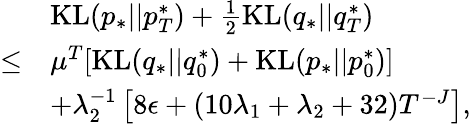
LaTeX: \begin{array}{rl}&{\mathrm{KL}(p_{*}||p_{T}^{*})+\frac{1}{2}\mathrm{KL}(q_{*}||q_{T}^{*})}\\ {\leq}&{\mu^{T}[\mathrm{KL}(q_{*}||q_{0}^{*})+\mathrm{KL}(p_{*}||p_{0}^{*})]}\\ &{+\lambda_{2}^{-1}\left[8\epsilon+(10\lambda_{1}+\lambda_{2}+32)T^{-J}\right],}\end{array}